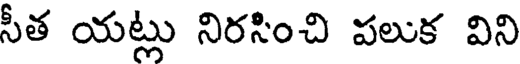
సీత యట్లు నిరసించి పలుక విని